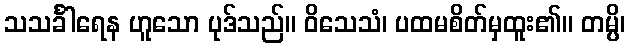
သသင်္ခါရေန ဟူသော ပုဒ်သည်။ ဝိသေသံ၊ ပထမစိတ်မှထူး၏။ တမ္ပိ၊